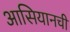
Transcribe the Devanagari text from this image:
आसियानची